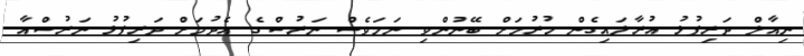
ނިއާލް ދަރިފުޅު އުރާލައިގެން ހުރުމަށް ބޭނުންވި ނަމަވެސް ނަރުސްގެ އެދުމަށް ދަރިފުޅު ނަރުސްއާ